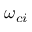
\omega _ { c i }